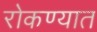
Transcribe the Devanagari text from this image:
रोकण्यात